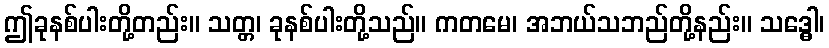
ဤခုနစ်ပါးတို့တည်း။ သတ္တ၊ ခုနစ်ပါးတို့သည်။ ကတမေ၊ အဘယ်သဘည်တို့နည်း။ သဒ္ဓေါ၊